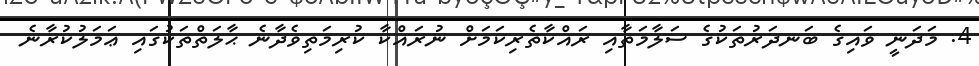
4. މަދަނީ ވައިގެ ބަނދަރުތަކުގެ ސަލާމަތާއި ރައްކާތެރިކަމަށް ނުރައްކާ ކުރިމަތިވެދާނެ ޙާލަތްތަކުގައި ޢަމަލުކުރާނެ